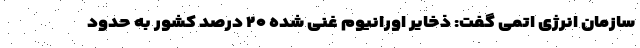
سازمان انرژی اتمی گفت: ذخایر اورانیوم غنی شده ۲۰ درصد کشور به حدود